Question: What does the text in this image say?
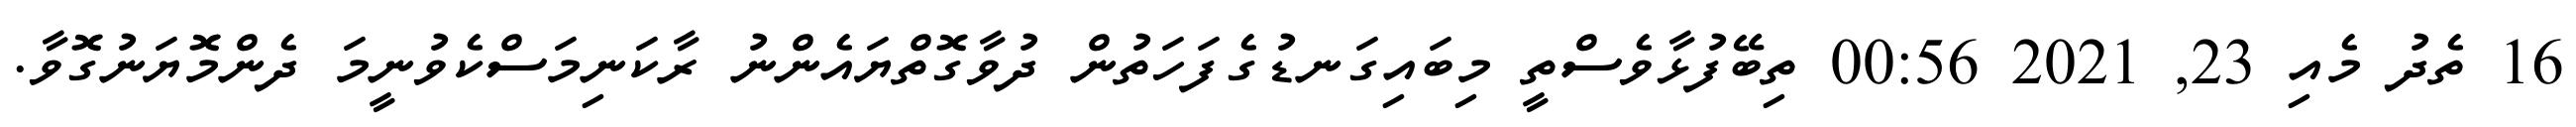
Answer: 16 ތެދު މެއި 23, 2021 00:56 ތިބޭފުޅާވެސްތީ މިބައިގަނޑުގެފަހަތުން ދުވާގޮތްޔައެންނު ރާކަނިމަސްކެވުނީމަ ދެންމޮޔަނުގޮވާ.